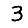
Digit: 3